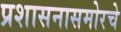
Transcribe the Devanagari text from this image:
प्रशासनासमोरचे